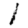
Digit: 1